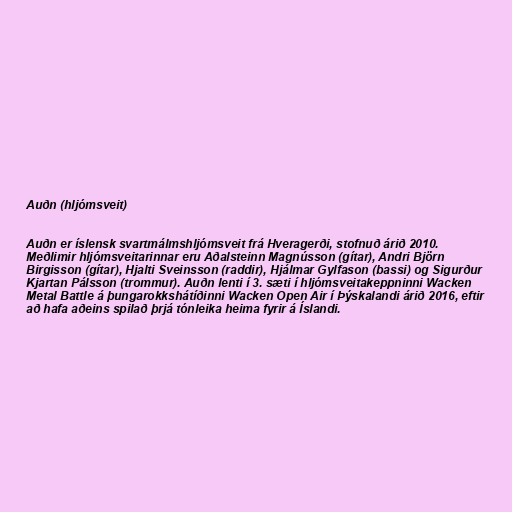
Auðn (hljómsveit)

Auðn er íslensk svartmálmshljómsveit frá Hveragerði, stofnuð árið 2010.
Meðlimir hljómsveitarinnar eru Aðalsteinn Magnússon (gítar), Andri Björn
Birgisson (gítar), Hjalti Sveinsson (raddir), Hjálmar Gylfason (bassi) og Sigurður
Kjartan Pálsson (trommur). Auðn lenti í 3. sæti í hljómsveitakeppninni Wacken
Metal Battle á þungarokkshátíðinni Wacken Open Air í Þýskalandi árið 2016, eftir
að hafa aðeins spilað þrjá tónleika heima fyrir á Íslandi.